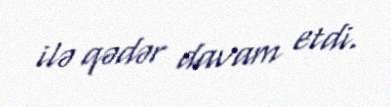
ilə qədər davam etdi.